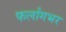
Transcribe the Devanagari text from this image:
फर्लांगभर